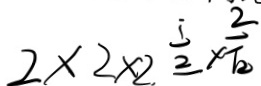
2 \times 2 \times 2 \frac { 1 } { 2 } \times \frac { 2 } { T _ { 2 } }